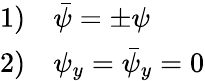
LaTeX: \begin{array}{ll}{{1)}}&{{\bar{\psi}=\pm\psi}}\\ {{2)}}&{{\psi_{y}=\bar{\psi}_{y}=0}}\end{array}